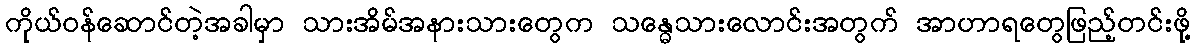
ကိုယ်ဝန်ဆောင်တဲ့အခါမှာ သားအိမ်အနားသားတွေက သန္ဓေသားလောင်းအတွက် အာဟာရတွေဖြည့်တင်းဖို့